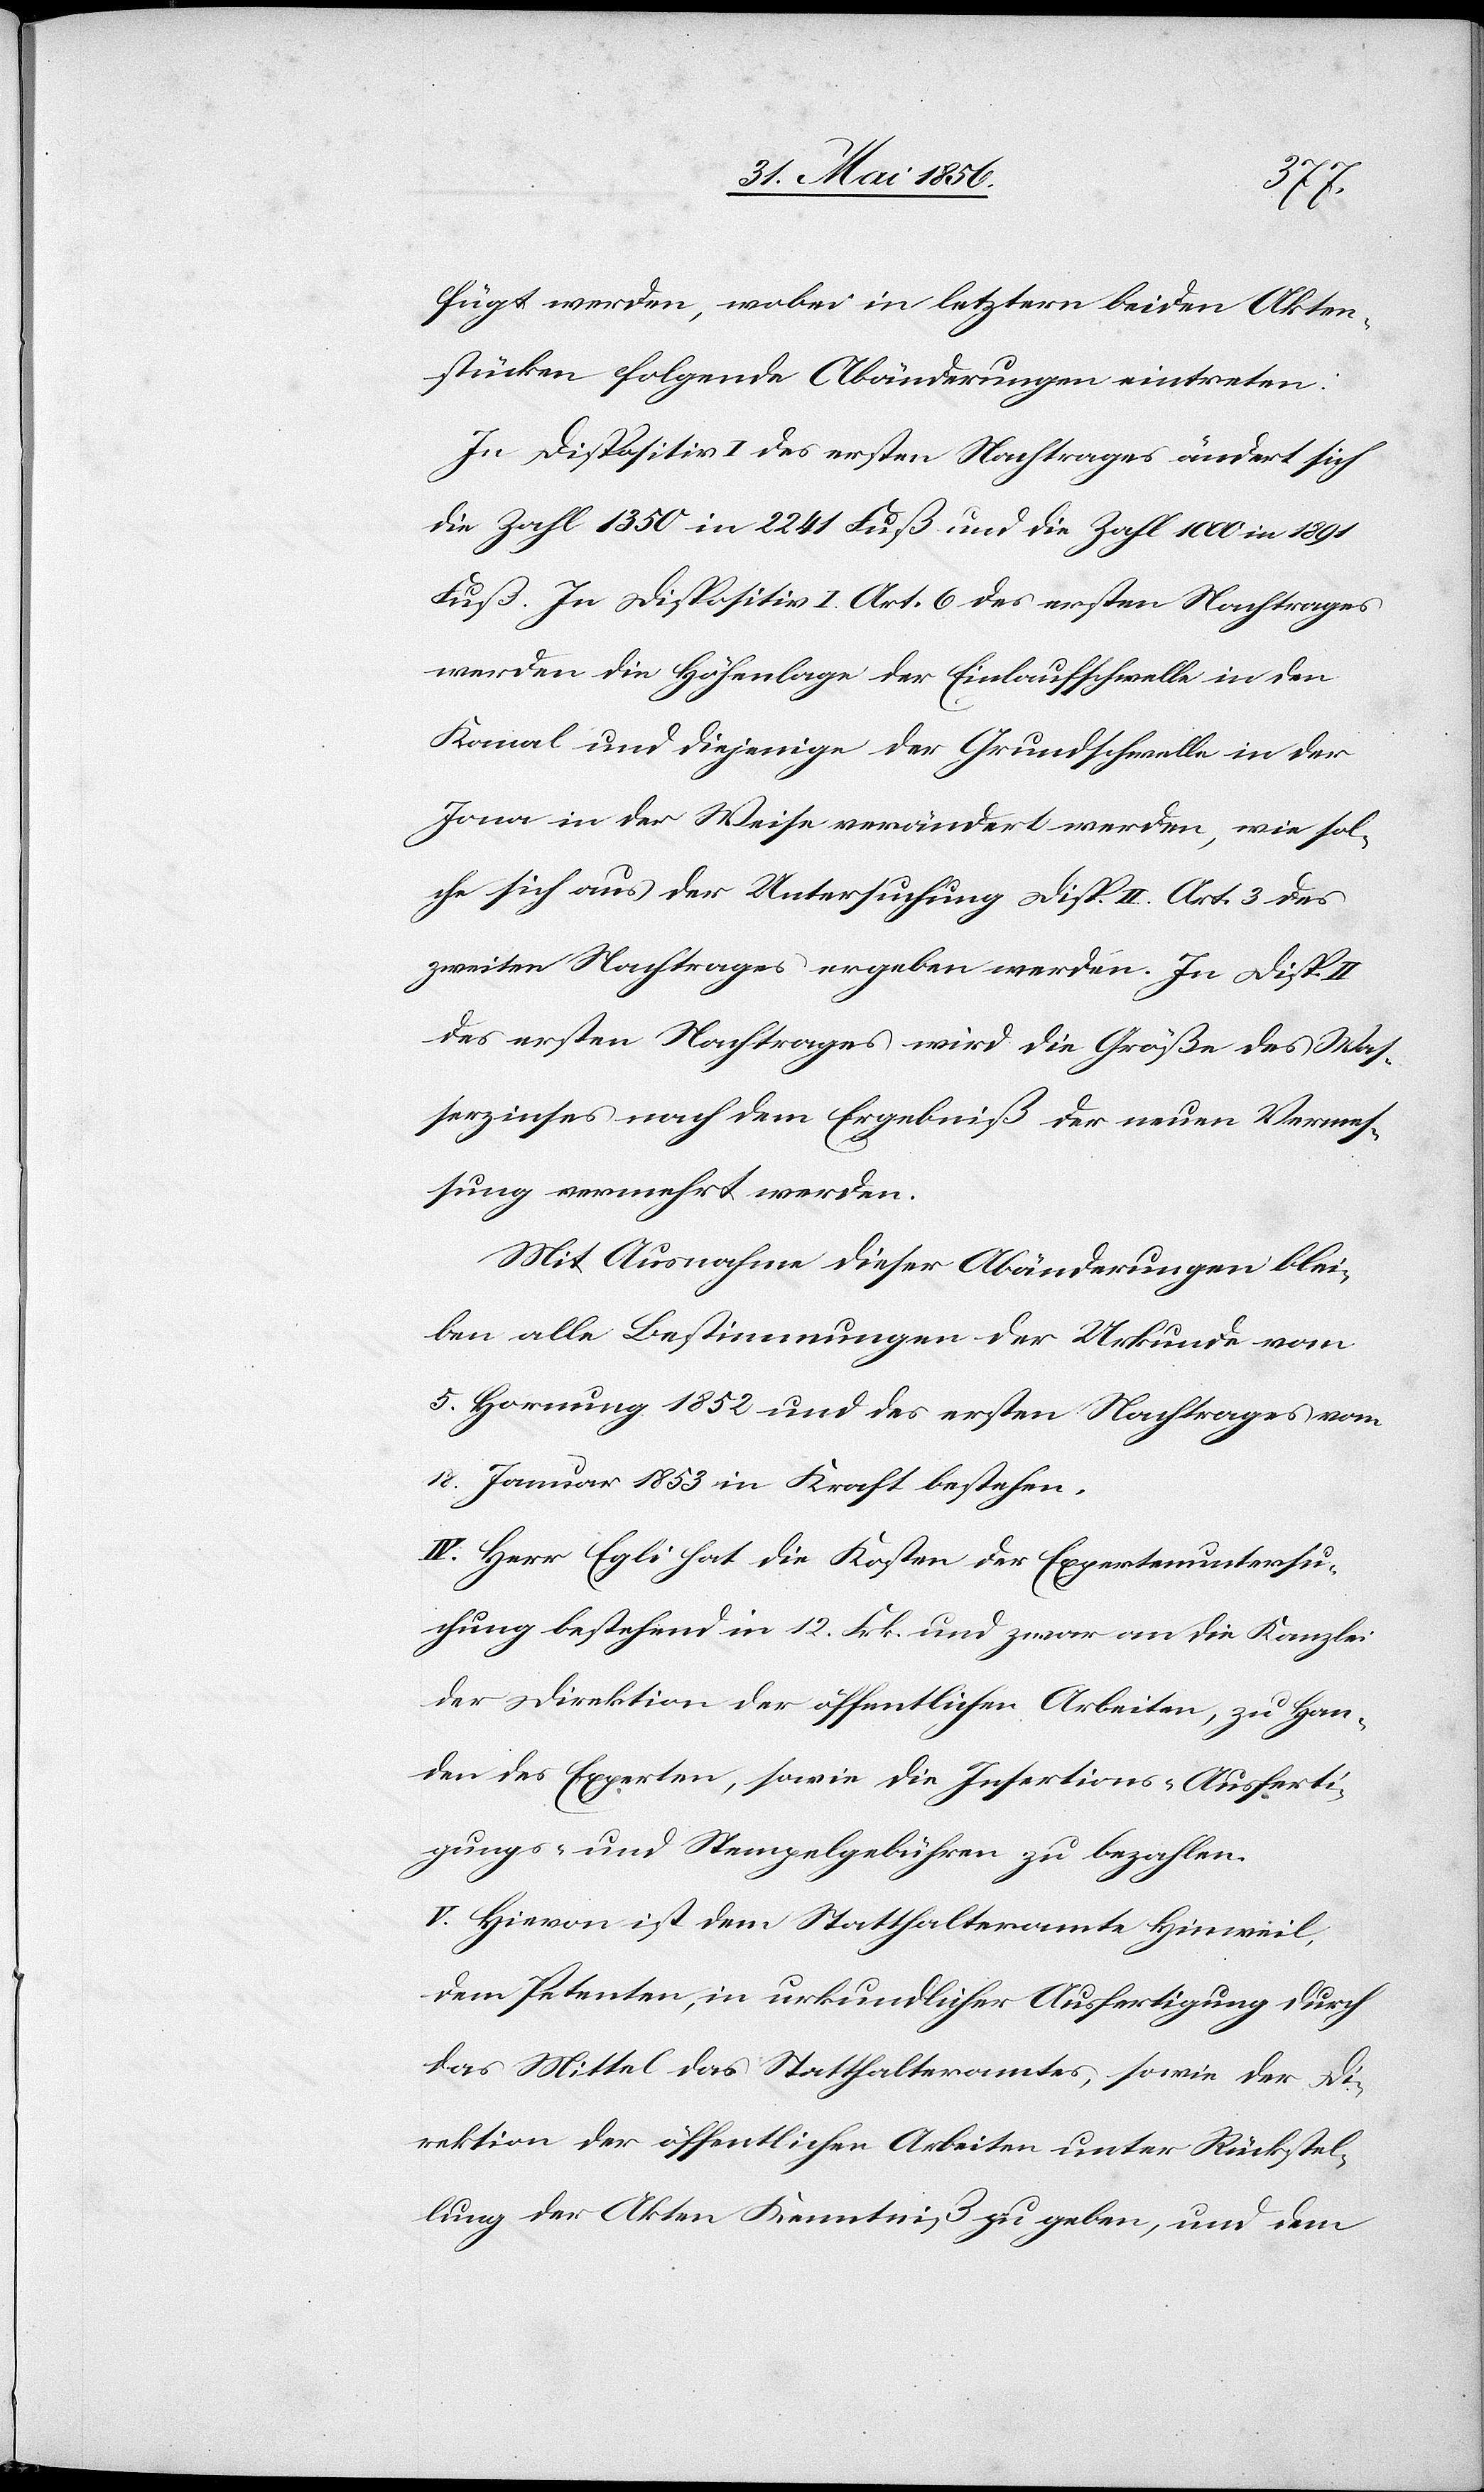
fügt werden, wobei in letztern beiden Akten¬
stücken folgende Abänderungen eintreten.
In Dispositiv I des ersten Nachtrages ändert sich
die Zahl 1350 in 2241 Fuß und die Zahl 1000 in 1891
Fuß. In Dispositiv I. Art. 6 des ersten Nachtrages
werden die Höhenlage der Einlaufschwelle in den
Kanal und diejenige der Grundschwelle in der
Jona in der Weise verändert werden, wie sol¬
che sich aus der Untersuchung Disp. II. Art. 3 des
zweiten Nachtrages ergeben werden. In Disp.
des ersten Nachtrages wird die Größe des Was¬
serzinses nach dem Ergebniß der neuen Vermes¬
sung vermehrt werden.
Mit Ausnahme dieser Abänderungen blei¬
ben alle Bestimmungen der Urkunde vom
5. Hornung 1852 und des ersten Nachtrages vom
18. Januar 1853 in Kraft bestehen.
IV. Herr Egli hat die Kosten der Expertenuntersu¬
chung bestehend in 12. Frk. und zwar an die Kanzlei
der Direktion der öffentlichen Arbeiten, zu Han¬
den des Experten, sowie die Insertions-[,] Ausferti¬
gungs- und Stempelgebühren zu bezahlen.
V. Hievon ist dem Statthalteramte Hinweil,
dem Petenten, in urkundlicher Ausfertigung durch
das Mittel des Statthalteramtes, sowie der Di¬
rektion der öffentlichen Arbeiten unter Rückstel¬
lung der Akten Kenntniß zu geben, und dem